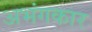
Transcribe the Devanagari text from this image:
अभंगकार